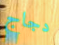
دجاج